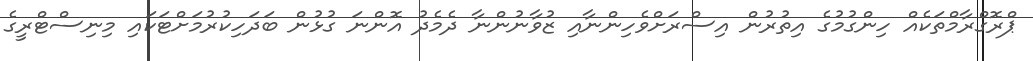
ޕްރޮގްރާމްތަކެއް ހިންގުމުގެ އިތުރުން އިސްރަށްވެހިންނާއި ޒުވާނުންނާ ދެމެދު އޮންނަ ގުޅުން ބަދަހިކުރުމަށްޓަކައި މިނިސްޓްރީގެ